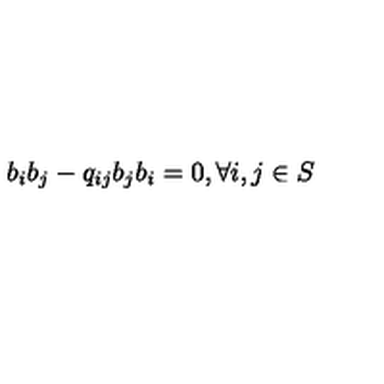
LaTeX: b _ { i } b _ { j } - q _ { i j } b _ { j } b _ { i } = 0 , \forall i , j \in S